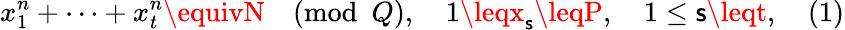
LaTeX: x_{1}^{n}+\dots+x_{t}^{n}\equivN{\pmod{Q}},\quad1\leqx_{\mathsf{s}}\leqP,\quad1\leq\mathsf{s}\leqt,\quad(1)